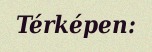
Térképen: